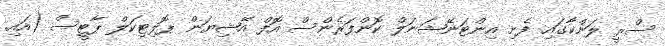
ސްރީ ލަންކާގައި ފެށި އިންޓަނޭޝަނަލް ކޮންފަރެންސް އޮފް އޭޝިޔަން ޕޮލިޓިކަލް ޕާޓީސް (އައި.